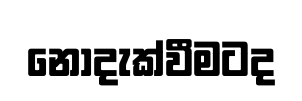
නොදැක්වීමටද